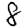
Digit: 8